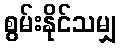
စွမ်းနိုင်သမျှ